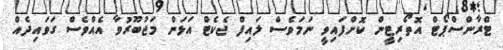
ޓްރާންސްޕޯޓް އޮތޯރިޓީން ކޮށްފައިވީ ނަމަވެސް ލައިފް ޖެކެޓް އަޅަން މަޖުބޫރުވާ އެއްވެސް ގަވައިދެއް